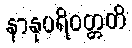
နာနုပရိဝတ္တတိ